Civil Veterinary Department Bihar & Orissa reports 1929-36 - 1929-1936
Year: 1929
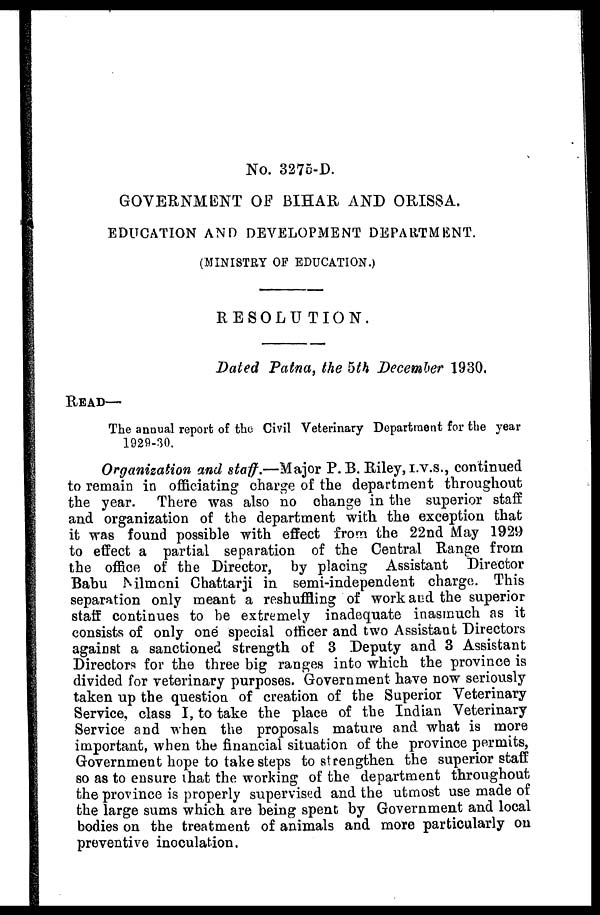
No. 3275-D.
GOVERNMENT OF BIHAR AND ORISSA.
EDUCATION AND DEVELOPMENT DEPARTMENT.
(MINISTRY OF EDUCATION.)
RESOLUTION.
Dated Patna, the 5th December 1930.
READ—
The annual report of the Civil Veterinary Department for the year
1929-30.
Organization and staff.—Major P. B. Riley, i.v.s., continued
to remain in officiating charge of the department throughout
the year. There was also no change in the superior staff
and organization of the department with the exception that
it was found possible with effect from the 22nd May 1929
to effect a partial separation of the Central Range from
the office of the Director, by placing Assistant Director
Babu Nlmoni Chattarji in semi-independent charge. This
separation only meant a reshuffling of work and the superior
staff continues to be extremely inadequate inasmuch as it
consists of only one special officer and two Assistant Directors
against a sanctioned strength of 3 Deputy and 3 Assistant
Directors for the three big ranges into which the province is
divided for veterinary purposes. Government have now seriously
taken up the question of creation of the Superior Veterinary
Service, class I, to take the place of the Indian Veterinary
Service and when the proposals mature and what is more
important, when the financial situation of the province permits,
Government hope to take steps to strengthen the superior staff
so as to ensure that the working of the department throughout
the province is properly supervised and the utmost use made of
the large sums which are being spent by Government and local
bodies on the treatment of animals and more particularly on
preventive inoculation.